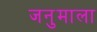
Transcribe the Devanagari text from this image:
जनुमाला